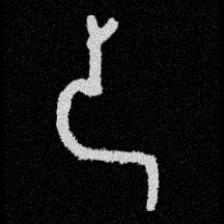
Pyu character \u2014 Myanmar letter: ဒ (romanized: da)